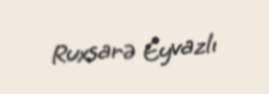
Ruxsarə Eyvazlı